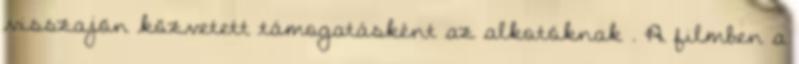
visszajön közvetett támogatásként az alkotóknak . A filmben a